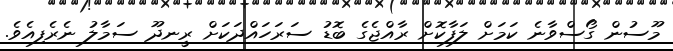
މޫސުން ގޯސްވާނެ ކަމަށް ލަފާކޮށް ރާއްޖެގެ ބޮޑު ސަރަހައްދަކަށް ރީނދޫ ސަމާލު ނެރެފިއެވެ.